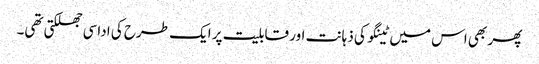
پھر بھی اس میں ٹینگو کی ذہانت اور قابلیت پر ایک طرح کی اداسی جھلکتی تھی۔